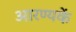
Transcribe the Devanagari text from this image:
आरण्यकें